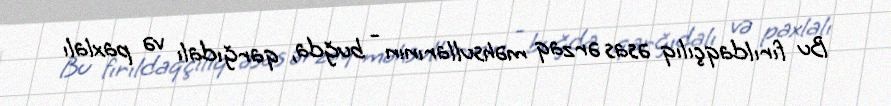
Bu fırıldaqçılıq əsas ərzaq məhsullarının - buğda, qarğıdalı və paxlalı